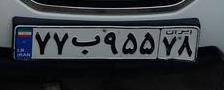
۷۷ب۹۵۵۷۸